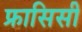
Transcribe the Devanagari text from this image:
फ्रासिसी